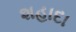
શહાદા